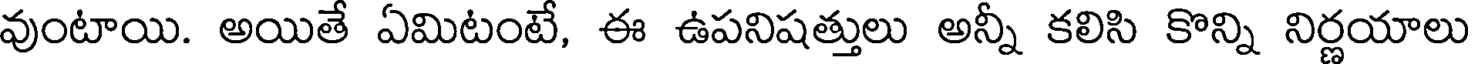
వుంటాయి. అయితే ఏమిటంటే, ఈ ఉపనిషత్తులు అన్నీ కలిసి కొన్ని నిర్ణయాలు